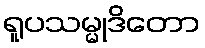
ရူပသမ္မုဒိတော